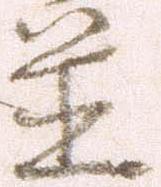
置